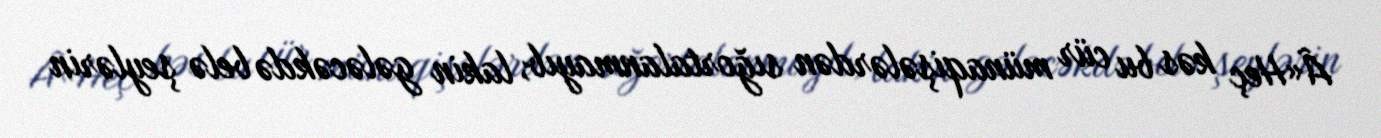
Â«Heç kəs bu cür münaqişələrdən sığortalanmayıb, lakin gələcəkdə belə şeylərin